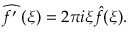
{ \widehat { f ^ { \prime } \; } } ( \xi ) = 2 \pi i \xi { \hat { f } } ( \xi ) .